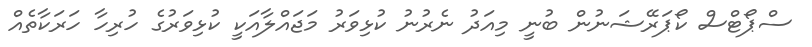
ސްޕޯޓްސް ކޯޕަރޭޝަނުން ބުނީ މިއަދު ނެރުނު ކުޅިވަރު މަޖައްލާއަކީ ކުޅިވަރުގެ ހުރިހާ ހަރަކާތެއް